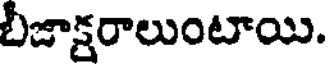
బీజాక్షరాలుంటాయి.